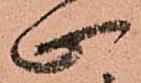
止